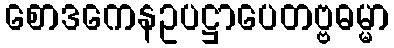
စောဒကေနဥပဋ္ဌာပေတဗ္ဗဓမ္မာ